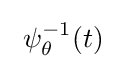
\ \psi _{\theta }^{-1}(t)\